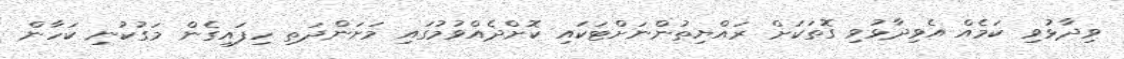
ވިދާޅުވި ކަމެއް އެވިދާޅުވި ގޮތަކަށް ރައްޔިތުންނަށްޓަކައި ކޮށްދެއްވުމުގައި މަށަންދަތި ހިފައިގެން މަގުކުނި ކަހާން